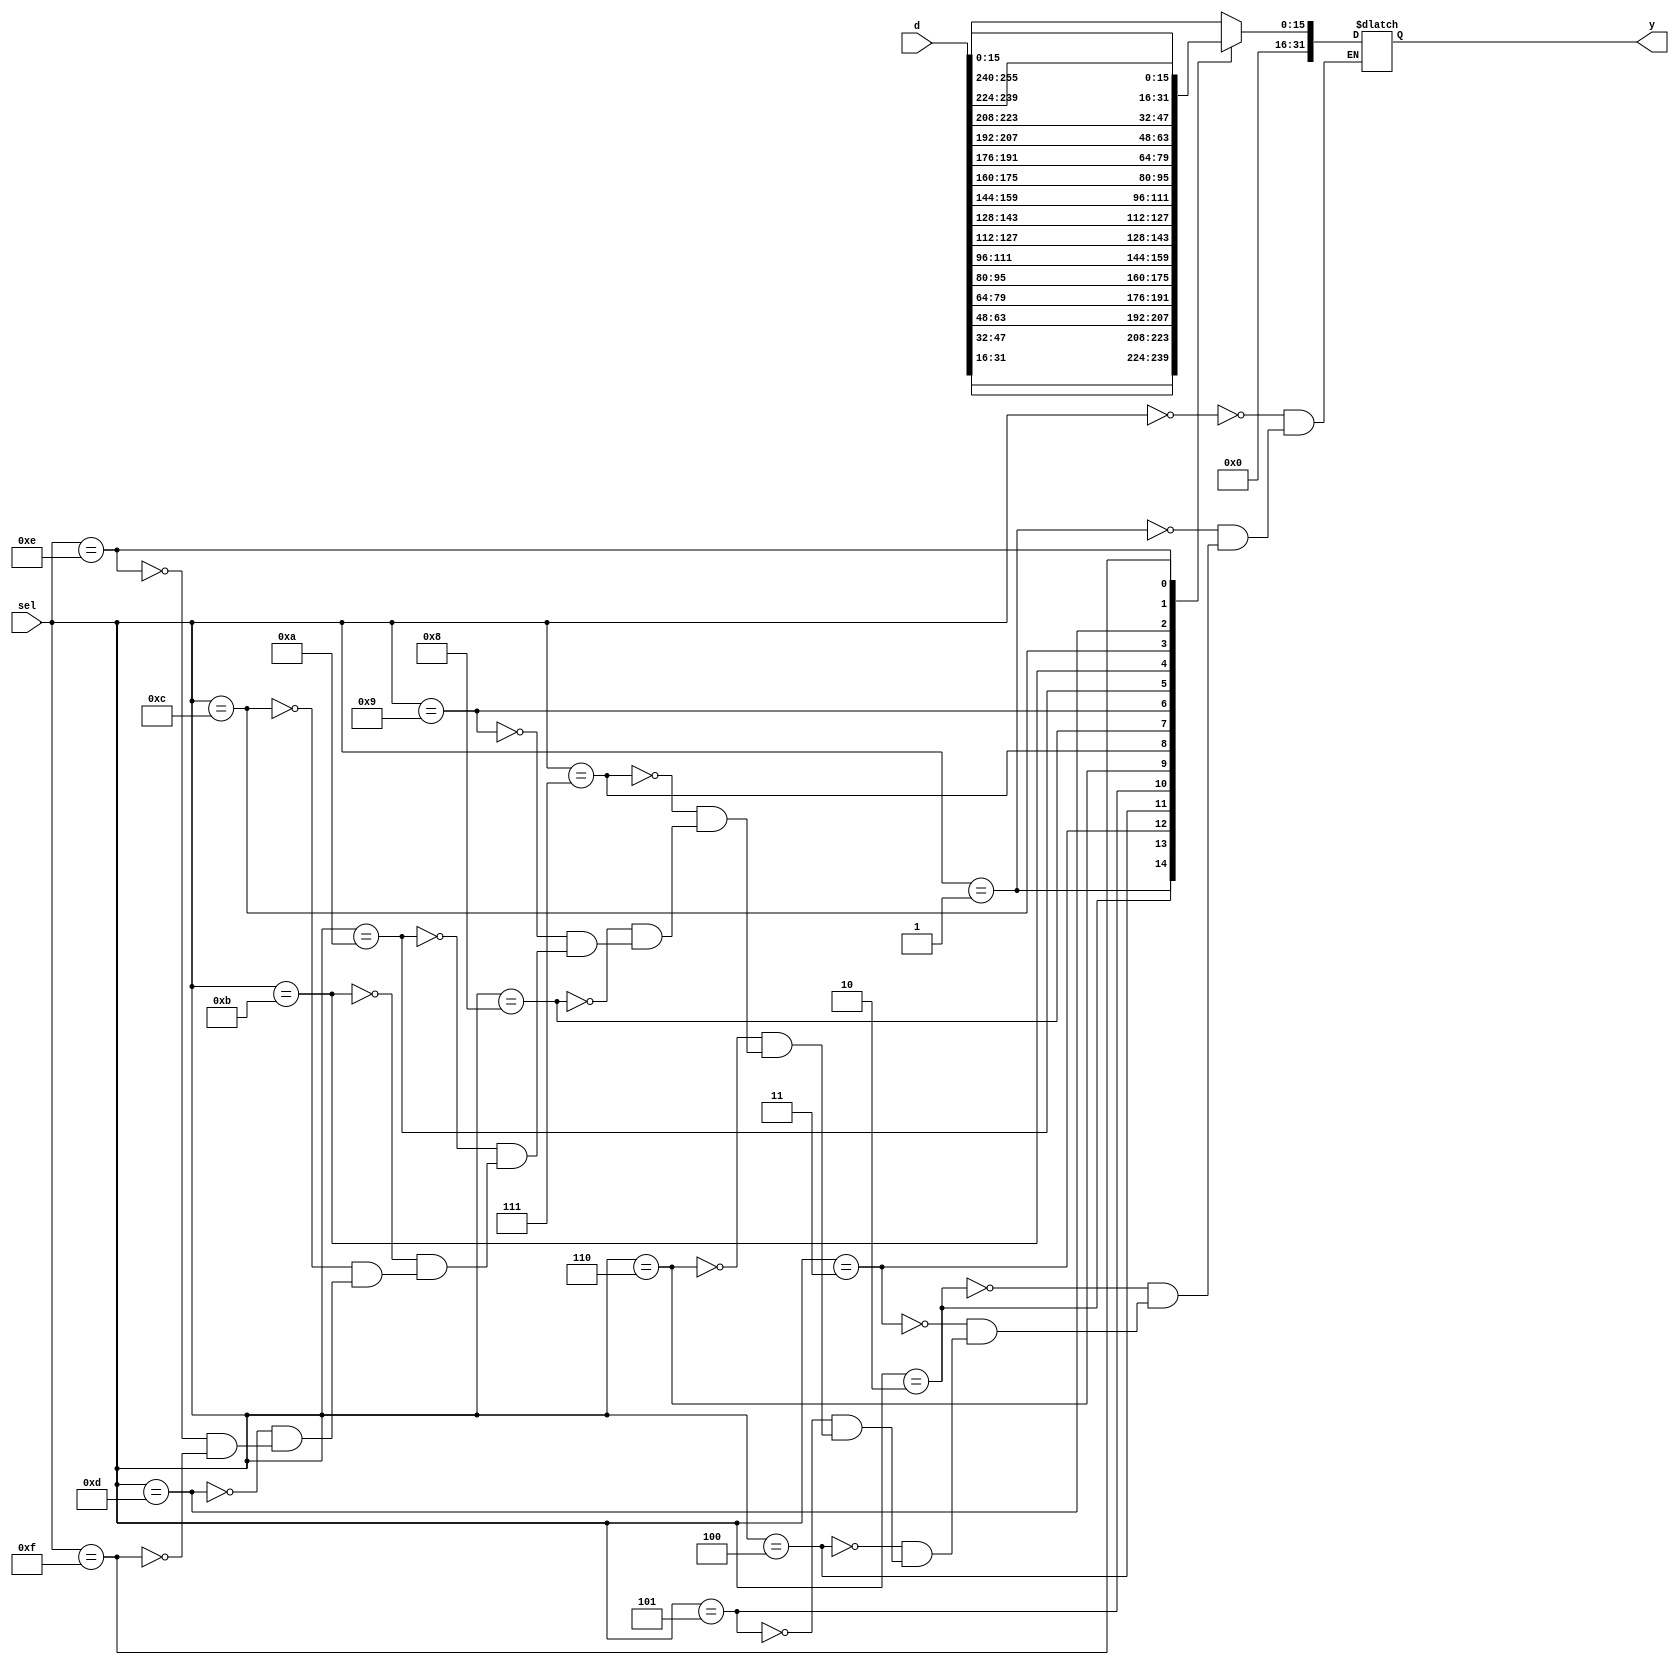
/*---------------------------------------------------------
Project:    NLP Hardware Accelerator
Module:     Mux
Desciption: Random Forest classifier is a deep learning
            algorithm that requires nodes

Created by Markus Bernal
-----------------------------------------------------------*/

module mux(
  //declaring ports
  input  [255:0]     d,     //input sample data
  input  [7:0]        sel,   //chooses sample data using feature index
  output reg [31:0]   y      //output feature = sample[feature index]
);


always @(d or sel)
begin
    case(sel)
        4'h0:  y <= d[15:0];
        4'h1:  y <= d[31:16];
        4'h2:  y <= d[47:32];
        4'h3:  y <= d[63:48];
        4'h4:  y <= d[79:64];
        4'h5:  y <= d[95:80];
        4'h6:  y <= d[111:96];
        4'h7:  y <= d[127:112];
        4'h8:  y <= d[143:128];
        4'h9:  y <= d[159:144];
        4'hA:  y <= d[175:160];
        4'hB:  y <= d[191:176];
        4'hC:  y <= d[207:192];
        4'hD:  y <= d[223:208];
        4'hE:  y <= d[239:224];
        4'hF:  y <= d[255:240];
    endcase
end
endmodule